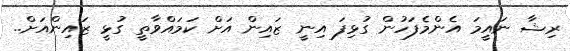
ރިޝާ ނައީމަ އެންމެފަހުން ގުޅިފަ އިނީ ޒައިން އަށް ކަމައްވާތީ ގުޅީ ޒައިންއަށް..